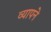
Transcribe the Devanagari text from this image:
व्यापने